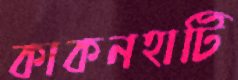
কাকনহাটি